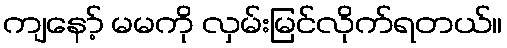
ကျနော့် မမကို လှမ်းမြင်လိုက်ရတယ်။